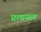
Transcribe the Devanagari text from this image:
प्रत्ययस्य